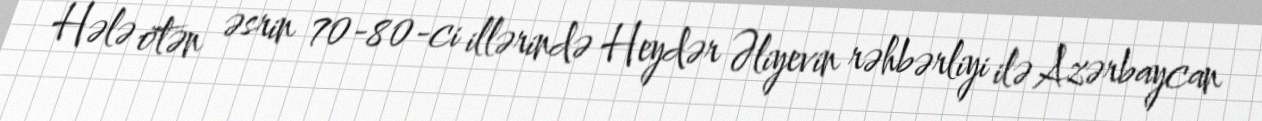
Hələ ötən əsrin 70-80-ci illərində Heydər Əliyevin rəhbərliyi ilə Azərbaycan